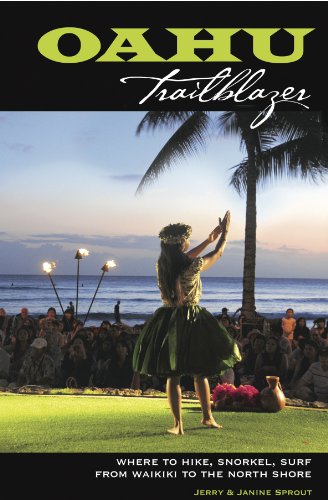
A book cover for Oahu Trailblazer: Where to Hike, Snorkel, Surf from Waikiki to the North Shore; Jerry Sprout; Travel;